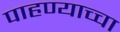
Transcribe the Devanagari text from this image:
पाहण्याच्चा